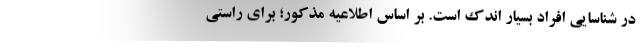
در شناسایی افراد بسیار اندک است. بر اساس اطلاعیه مذکور؛ برای راستی